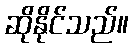
ဆိုနိုင်သည်။